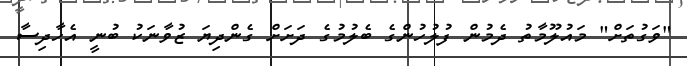
"ވަގުތަށް" މައުލޫމާތު ދެމުން ފުލުހުންގެ ބެލުމުގެ ދަށަށް ގެންދިޔަ ޒުވާނަކު ބުނީ އެހާދިސާ